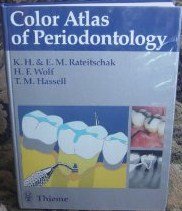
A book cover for Color Atlas of Dental Medicine: Periodontology; Klaus H. Rateitschak; Medical Books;